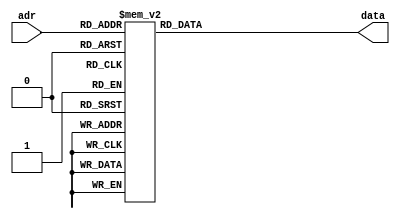
module LUT (input [3:0] adr, output [15:0] data);
reg [15:0] datat;
	always @(adr) begin
		case(adr)
			0: datat = 16'hFFFF;
			1: datat = 16'h8000;
			2: datat = 16'h5555;
			3: datat = 16'h4000;
			4: datat = 16'h3333;
			5: datat = 16'h2AAA;
			6: datat = 16'h2492;
			7: datat = 16'h2000;
			8: datat = 16'h1C71;
			9: datat = 16'h1999;
			10: datat = 16'h1745;
			11: datat = 16'h1555;
			12: datat = 16'h13B1;
			13: datat = 16'h1249;
			14: datat = 16'h1111;
			15: datat = 16'h1000;
		endcase
	end
assign data = datat;
endmodule